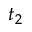
t _ { 2 }